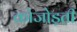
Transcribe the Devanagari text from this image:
कोजोड़ती